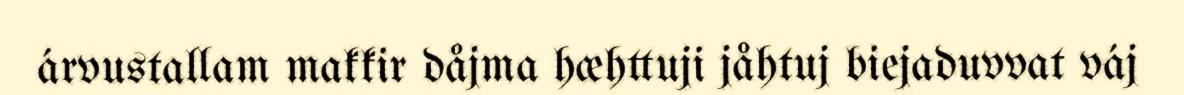
árvustallam makkir dåjma hæhttuji jåhtuj biejaduvvat váj